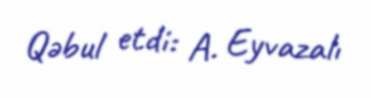
Qəbul etdi: A. Eyvazalı